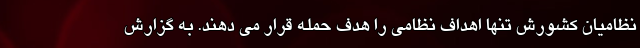
نظامیان کشورش تنها اهداف نظامی را هدف حمله قرار می دهند. به گزارش